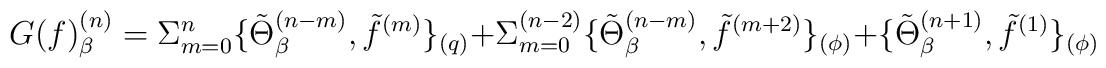
G(f)^{(n)}_{\beta }=\Sigma _{m=0}^n\{\tilde\Theta ^{ (n-m)} _\beta ,\tilde f^{(m)}\}_{(q)}+\Sigma _{m=0}^{(n-2)}\{\tilde\Theta ^{ (n-m)} _\beta ,\tilde f^{(m+2)}\}_{(\phi )}+\{\tilde\Theta ^{ (n+1)} _\beta ,\tilde f^{(1)}\}_{(\phi )}